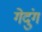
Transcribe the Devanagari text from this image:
गेदुंग